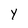
Character: y